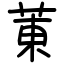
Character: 菄